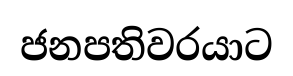
ජනපතිවරයාට